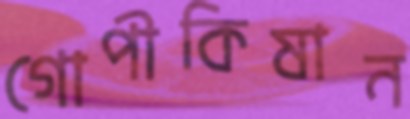
গোপীকিষান